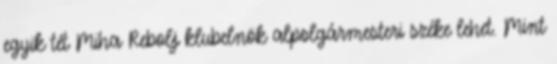
egyik tét Miha Rebolj klubelnök alpolgármesteri széke lehet. Mint